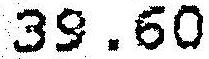
39.60